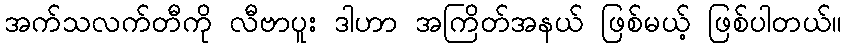
အက်သလက်တီကို လီဗာပူး ဒါဟာ အကြိတ်အနယ် ဖြစ်မယ့် ဖြစ်ပါတယ်။